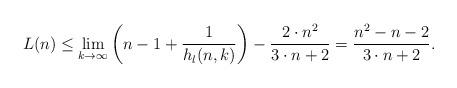
LaTeX: \begin{align*} L(n) \leq \lim_{k\to\infty} \bigg( n - 1 + \frac{1}{h_l(n,k)} \bigg) - \frac{2 \cdot n^2}{3 \cdot n + 2} = \frac{n^2 - n - 2}{3 \cdot n + 2}.\end{align*}